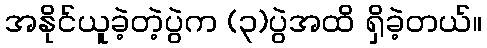
အနိုင်ယူခဲ့တဲ့ပွဲက (၃)ပွဲအထိ ရှိခဲ့တယ်။